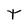
Character: T